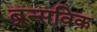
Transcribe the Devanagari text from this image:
ब्रून्सविक